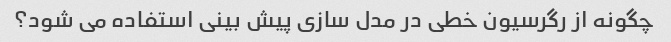
چگونه از رگرسیون خطی در مدل سازی پیش بینی استفاده می شود؟